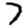
Digit: 7